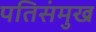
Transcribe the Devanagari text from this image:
पतिसंमुख